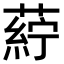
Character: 𮐸